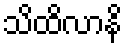
သိထိလာနိ